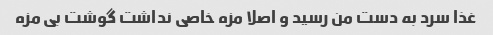
غذا سرد به دست من رسید و اصلا مزه خاصی نداشت گوشت بی مزه